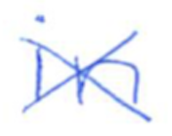
Text: in
Cross-out: cross
Writing tool: ballpoint